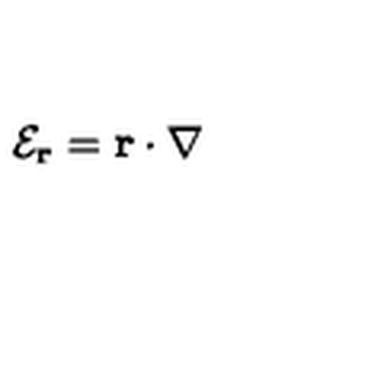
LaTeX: { \mathcal E } _ { \bf r } = { \bf r } \cdot { \bf \nabla }